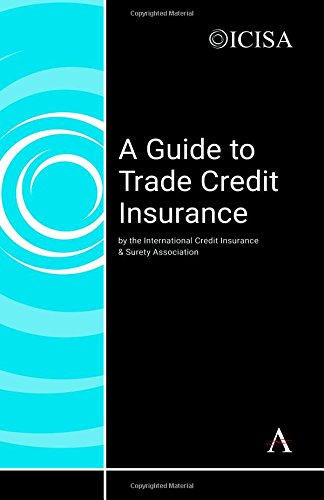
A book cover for A Guide to Trade Credit Insurance; The International Credit Insurance & Surety Association; Business & Money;